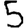
Digit: 5